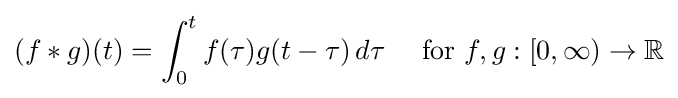
(f*g)(t)=\int _{0}^{t}f(\tau )g(t-\tau )\,d\tau \quad \ {\text{for }}f,g:[0,\infty )\to \mathbb {R}